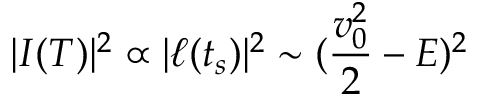
| I ( T ) | ^ { 2 } \propto | \ell ( t _ { s } ) | ^ { 2 } \sim ( \frac { v _ { 0 } ^ { 2 } } { 2 } - E ) ^ { 2 }